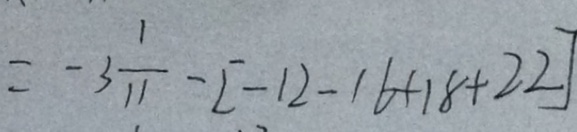
= - 3 \frac { 1 } { 1 1 } - [ - 1 2 - 1 6 + 1 8 + 2 2 ]